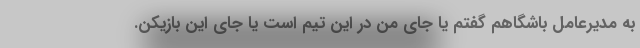
به مدیرعامل باشگاهم گفتم یا جای من در این تیم است یا جای این بازیکن.